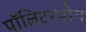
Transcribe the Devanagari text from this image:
पॉलिटरपीन